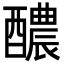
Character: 醲